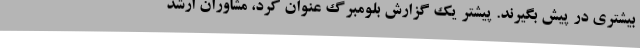
بیشتری در پیش بگیرند. پیشتر یک گزارش بلومبرگ عنوان کرد، مشاوران ارشد